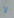
لا